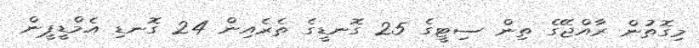
މިގޮތުން ރާއްޖޭގެ ތިން ސިޓީގެ 25 ގޮނޑީގެ ތެރެއިން 24 ގޮނޑި އެމްޑީޕީން